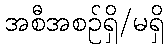
အစီအစဉ်ရှိ/မရှိ